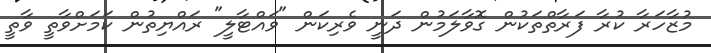
މުޒާހަރާ ކުރާ ފަރާތްތަކުން ގޮވާލަމުން ދަނީ ވެރިކަން "ވައްޓާލީ" ރައްޔިތުން ކަމަށްވާތީ ވާތީ